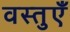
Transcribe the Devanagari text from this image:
वस्‍तुएँ